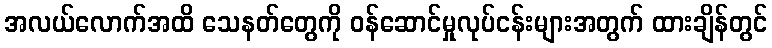
အလယ်လောက်အထိ သေနတ်တွေကို ဝန်ဆောင်မှုလုပ်ငန်းများအတွက် ထားချိန်တွင်